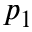
p _ { 1 }